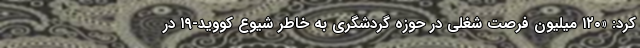
کرد: «۱۲۰ میلیون فرصت شغلی در حوزه گردشگری به خاطر شیوع کووید-۱۹ در